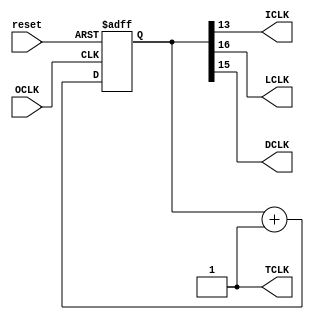
module divider_sim
(
    input wire OCLK,
    input reset,
    output wire ICLK,
    output wire LCLK,
    output wire DCLK,
    output wire TCLK
);

parameter OF = 50000000, IF = 3051, LF = 381, DF = 762, TF = 1;
reg[16:0] counter;

always @(posedge OCLK or posedge reset) begin
    if (reset)
        counter <= 17'b0;
    else
        counter <= counter + 17'b1;
end

assign ICLK = counter[13];
assign LCLK = counter[16];
assign DCLK = counter[15];
assign TCLK = 1;
endmodule 


// module divider
// (
//     input wire OCLK,
//     output reg ICLK,
//     output reg LCLK,
//     output reg DCLK,
//     output reg TCLK
// );

// parameter OF = 50000000, IF = 4000, LF = 381, DF = 1000, TF = 1;
// reg[24:0] counter;

// always @(posedge OCLK) begin
//     if (counter >= OF / TF - 1)
//         counter <= 0;
//     else
//         counter <= counter + 25'b1;
// end

// always @(posedge OCLK) begin
//     if (counter % (OF / IF / 2) == 0)
//             TCLK <= !TCLK;
//     if (counter % (OF / IF / 2) == 0)
//             ICLK <= !ICLK;
//     if (counter % (OF / LF / 2) == 0)
//             LCLK <= !LCLK;
    
//     if (counter % (OF / DF / 2) == 0)
//             DCLK <= !DCLK;
// end
// endmodule